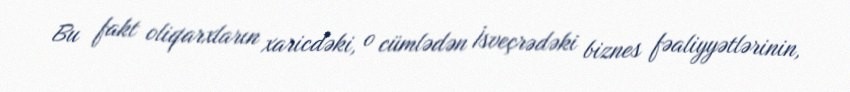
Bu fakt oliqarxların xaricdəki, o cümlədən İsveçrədəki biznes fəaliyyətlərinin,